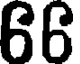
66